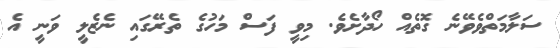
ސަލާމަތްވެވޭނެ ގޮތެއް ހޯދާށެވެ. މިވީ ފަސް މަހުގެ ތެރޭގައި ނެޒެލީ ވަނީ އެ